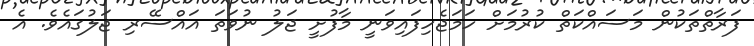
ފަރާތްތަކުން މަސައްކަތް ކުރުމަށް ހަމަޖެހިފައިވަނީ މާފުށީ ޖަލު ނުވަތަ އައްސޭރި ޖަލުގައެވެ. އެ